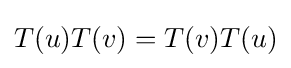
T(u)T(v)=T(v)T(u)